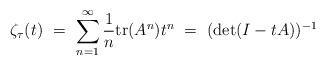
LaTeX: \begin{align*} \zeta_{\tau } (t)\ =\ \sum_{n=1}^{\infty} \frac 1n \textnormal{tr}(A^n) t^n\ =\ (\det (I-tA))^{-1}\end{align*}